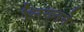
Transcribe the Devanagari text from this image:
लिख्नने